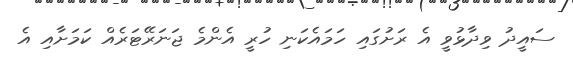
ސައީދު ވިދާޅުވީ އެ ރަށުގައި ހަމައެކަނި ހުރީ އެންމެ ޖަނަރޭޓަރެއް ކަމަށާއި އެ